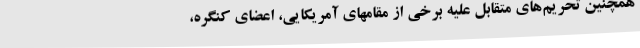
همچنین تحریم‌های متقابل علیه برخی از مقامهای آمریکایی، اعضای کنگره،